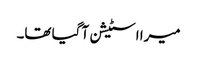
میرا اسٹیشن آ گیا تھا۔